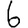
Digit: 6